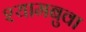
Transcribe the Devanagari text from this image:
श्यामबुवा